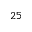
^ { 2 5 }